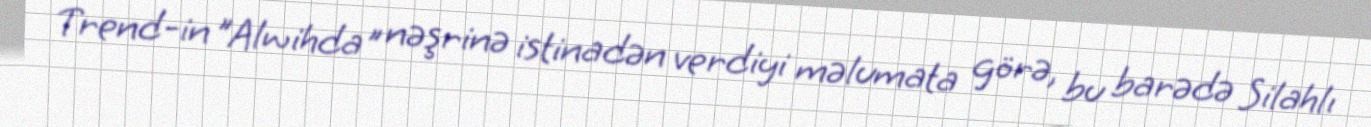
Trend-in "Alwihda" nəşrinə istinadən verdiyi məlumata görə, bu barədə Silahlı